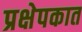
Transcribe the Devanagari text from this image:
प्रक्षेपकात